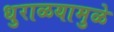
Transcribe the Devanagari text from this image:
धुराळयामुळे